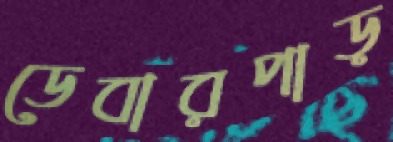
ডেবারপাড়